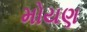
મોયણ